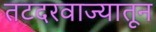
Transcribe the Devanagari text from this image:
तटदरवाज्यातून